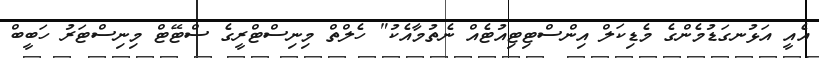
އެއީ އަޅުނގަޑުމެންގެ މެޑިކަލް އިންސްޓިޓިއުޓެއް ނެތުމާއެކު" ހެލްތް މިނިސްޓްރީގެ ސްޓޭޓް މިނިސްޓަރު ހަބީބް